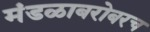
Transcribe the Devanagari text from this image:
मंडळाबरोबरच